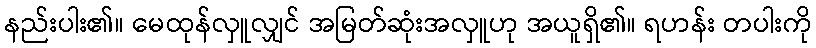
နည်းပါး၏။ မေထုန်လှူလျှင် အမြတ်ဆုံးအလှူဟု အယူရှိ၏။ ရဟန်း တပါးကို